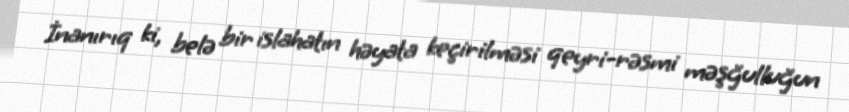
İnanırıq ki, belə bir islahatın həyata keçirilməsi qeyri-rəsmi məşğulluğun